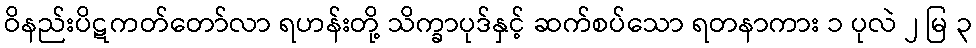
ဝိနည်းပိဋကတ်တော်လာ ရဟန်းတို့ သိက္ခာပုဒ်နှင့် ဆက်စပ်သော ရတနာကား ၁ ပုလဲ ၂ မြ ၃